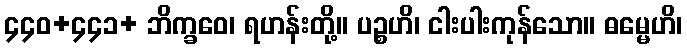
၄၄၀+၄၄၁+ ဘိက္ခဝေ၊ ရဟန်းတို့။ ပဉ္စဟိ၊ ငါးပါးကုန်သော။ ဓမ္မေဟိ၊